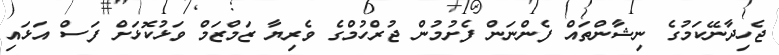
ޖެހިދާނޭކަމުގެ ނިޝާންތައް ފެންނަން ފެށުމުން ޖުރްހުމްގެ ވެރިޔާ ޒަމްޒަމް ވަޅުކޮޅަށް ފަސް އަޅައި